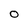
Character: O